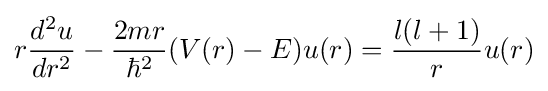
r{\frac {d^{2}u}{dr^{2}}}-{\frac {2mr}{\hbar ^{2}}}(V(r)-E)u(r)={\frac {l(l+1)}{r}}u(r)